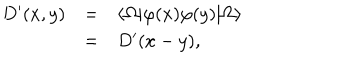
\begin{array} { r c l } { { D ^ { \prime } ( x , y ) } } & { { = } } & { { \langle \Omega | \varphi ( x ) \varphi ( y ) | \Omega \rangle } } \\ { { } } & { { = } } & { { D ^ { \prime } ( x - y ) , } } \\ \end{array}